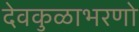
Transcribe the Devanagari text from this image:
देवकुळाभरणो